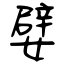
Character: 嬖